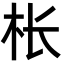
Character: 枨